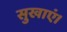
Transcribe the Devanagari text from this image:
सुखाएं।